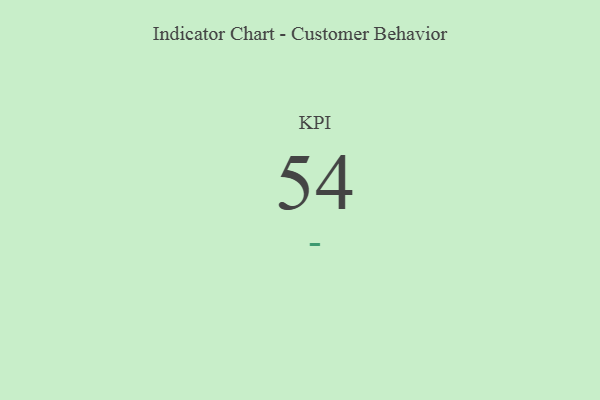
{"axis": {"x": "KPI", "y": "Value"}, "legend": [""], "data": [{"x": "KPI", "y": 54, "type": ""}]}